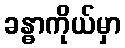
ခန္ဓာကိုယ်မှာ